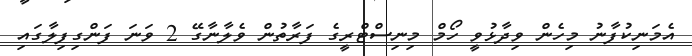
އެމަނިކުފާނު މިހެން ވިދާޅުވީ ހޯމް މިނިސްޓްރީގެ ފަރާތުން ވެލާނާގޭ 2 ވަނަ ފަންގިފިލާގައި